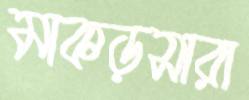
মাকড়সারা